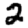
Digit: 2